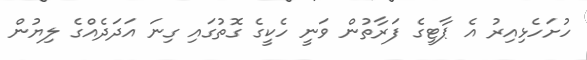
ހުށަހެޅިއިރު އެ ޕާޓީގެ ފަރާތުން ވަނީ ހެކީގެ ގޮތުގައި ގިނަ އަދަދެއްގެ ލިޔުން